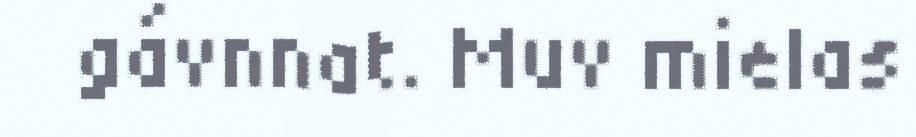
gávnnat. Muv mielas